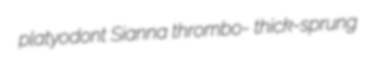
platyodont Sianna thrombo- thick-sprung